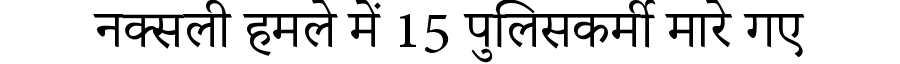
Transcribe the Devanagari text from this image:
नक्सली हमले में 15 पुलिसकर्मी मारे गए